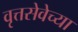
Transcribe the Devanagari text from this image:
वृत्तसेवेच्या